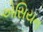
એસિયન